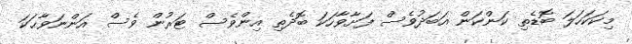
މިކަކަހަލަ ބޮޑެތި ކަންކަން އަބަދުވެސް ފަށާވާހަކަ ބޮދެތި އިންވެސް ޓަރުން ވެސް އަންނަވާޙަކަ